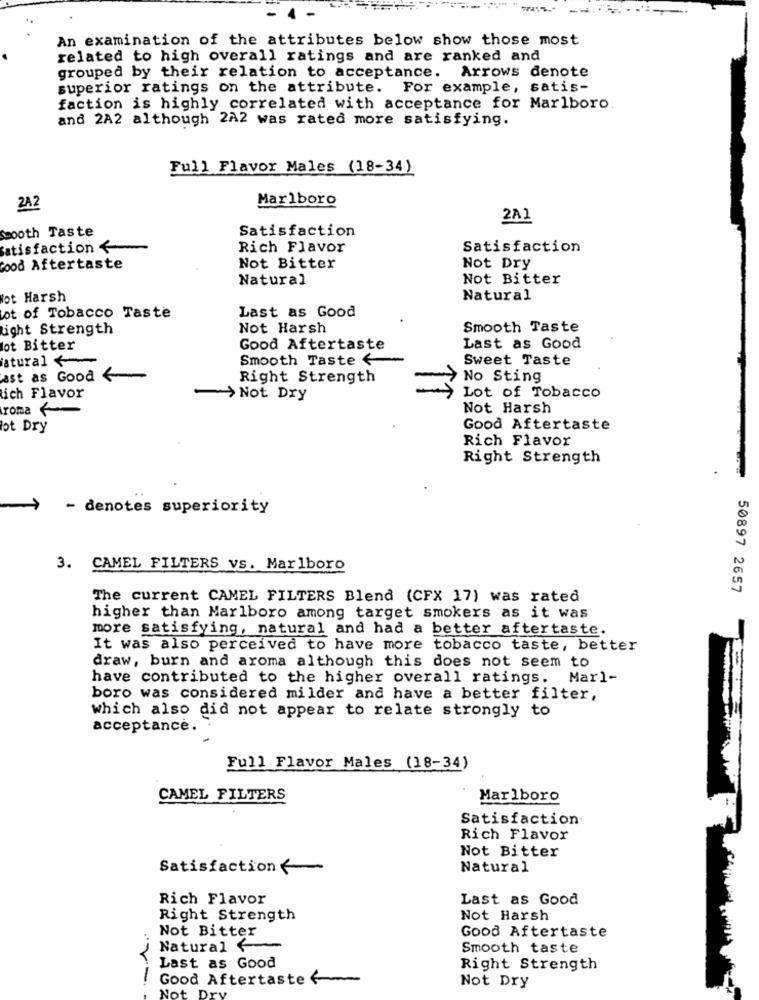
An examination of the attributes below show those most
related to high overall ratings and are ranked and
grouped by their relation to acceptance. Arrows denote
superior ratings on the attribute. For example, satis-
faction is highly correlated with acceptance for Marlboro.
and 2A2 although 2A2 was rated more satisfying.
Full Flavor Males (18-34)
Marlboro
2A 2
2A1
Smooth Taste
Satisfaction
Satisfaction <
Rich Flavor
Satisfaction
Good Aftertaste
Not Bitter
Not Dry
Natural
Not Bitter
lot Harsh
Natural
Last as Good
ot of Tobacco Taste
ight Strength
Not Harsh
Smooth Taste
lot Bitter
Good Aftertaste
Last as Good
istural <
Smooth Taste <
Sweet Taste
ast as Good
Right Strength
No Sting
ich Flavor
~> Not Dry
Lot of Tobacco
roma
Not Harsh
lot Dry
Good Aftertaste
Rich Flavor
Right Strength
- denotes superiority
3. CAMEL FILTERS vs. Marlboro
50897 2657
The current CAMEL FILTERS Blend (CFX 17) was rated
higher than Marlboro among target smokers as it was
more satisfying, natural and had a better aftertaste.
It was also perceived to have more tobacco taste, better
draw, burn and aroma although this does not seem to
have contributed to the higher overall ratings. Marl-
boro was considered milder and have a better filter,
which also did not appear to relate strongly to
acceptance.
Full Flavor Males (18-34)
CAMEL FILTERS
Marlboro
Satisfaction.
Rich Flavor
Not Bitter
Satisfaction
Natural
Rich Flavor
Last as Good
Right Strength
Not Harsh
Not Bitter
Good Aftertaste
Natural
Smooth taste
Last as Good
Right Strength
Good Aftertaste
Not
Not Dry